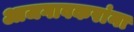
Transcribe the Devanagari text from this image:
आजगावकरांना